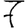
Digit: 7